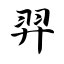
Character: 羿